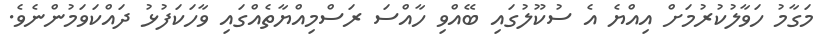
މަގާމު ހަވާލުކުރުމަށް އިއްޔެ އެ ސުކޫލުގައި ބޭއްވި ހާއްސަ ރަސްމިއްޔާތެއްގައި ވާހަކަފުޅު ދައްކަވަމުންނެވެ.